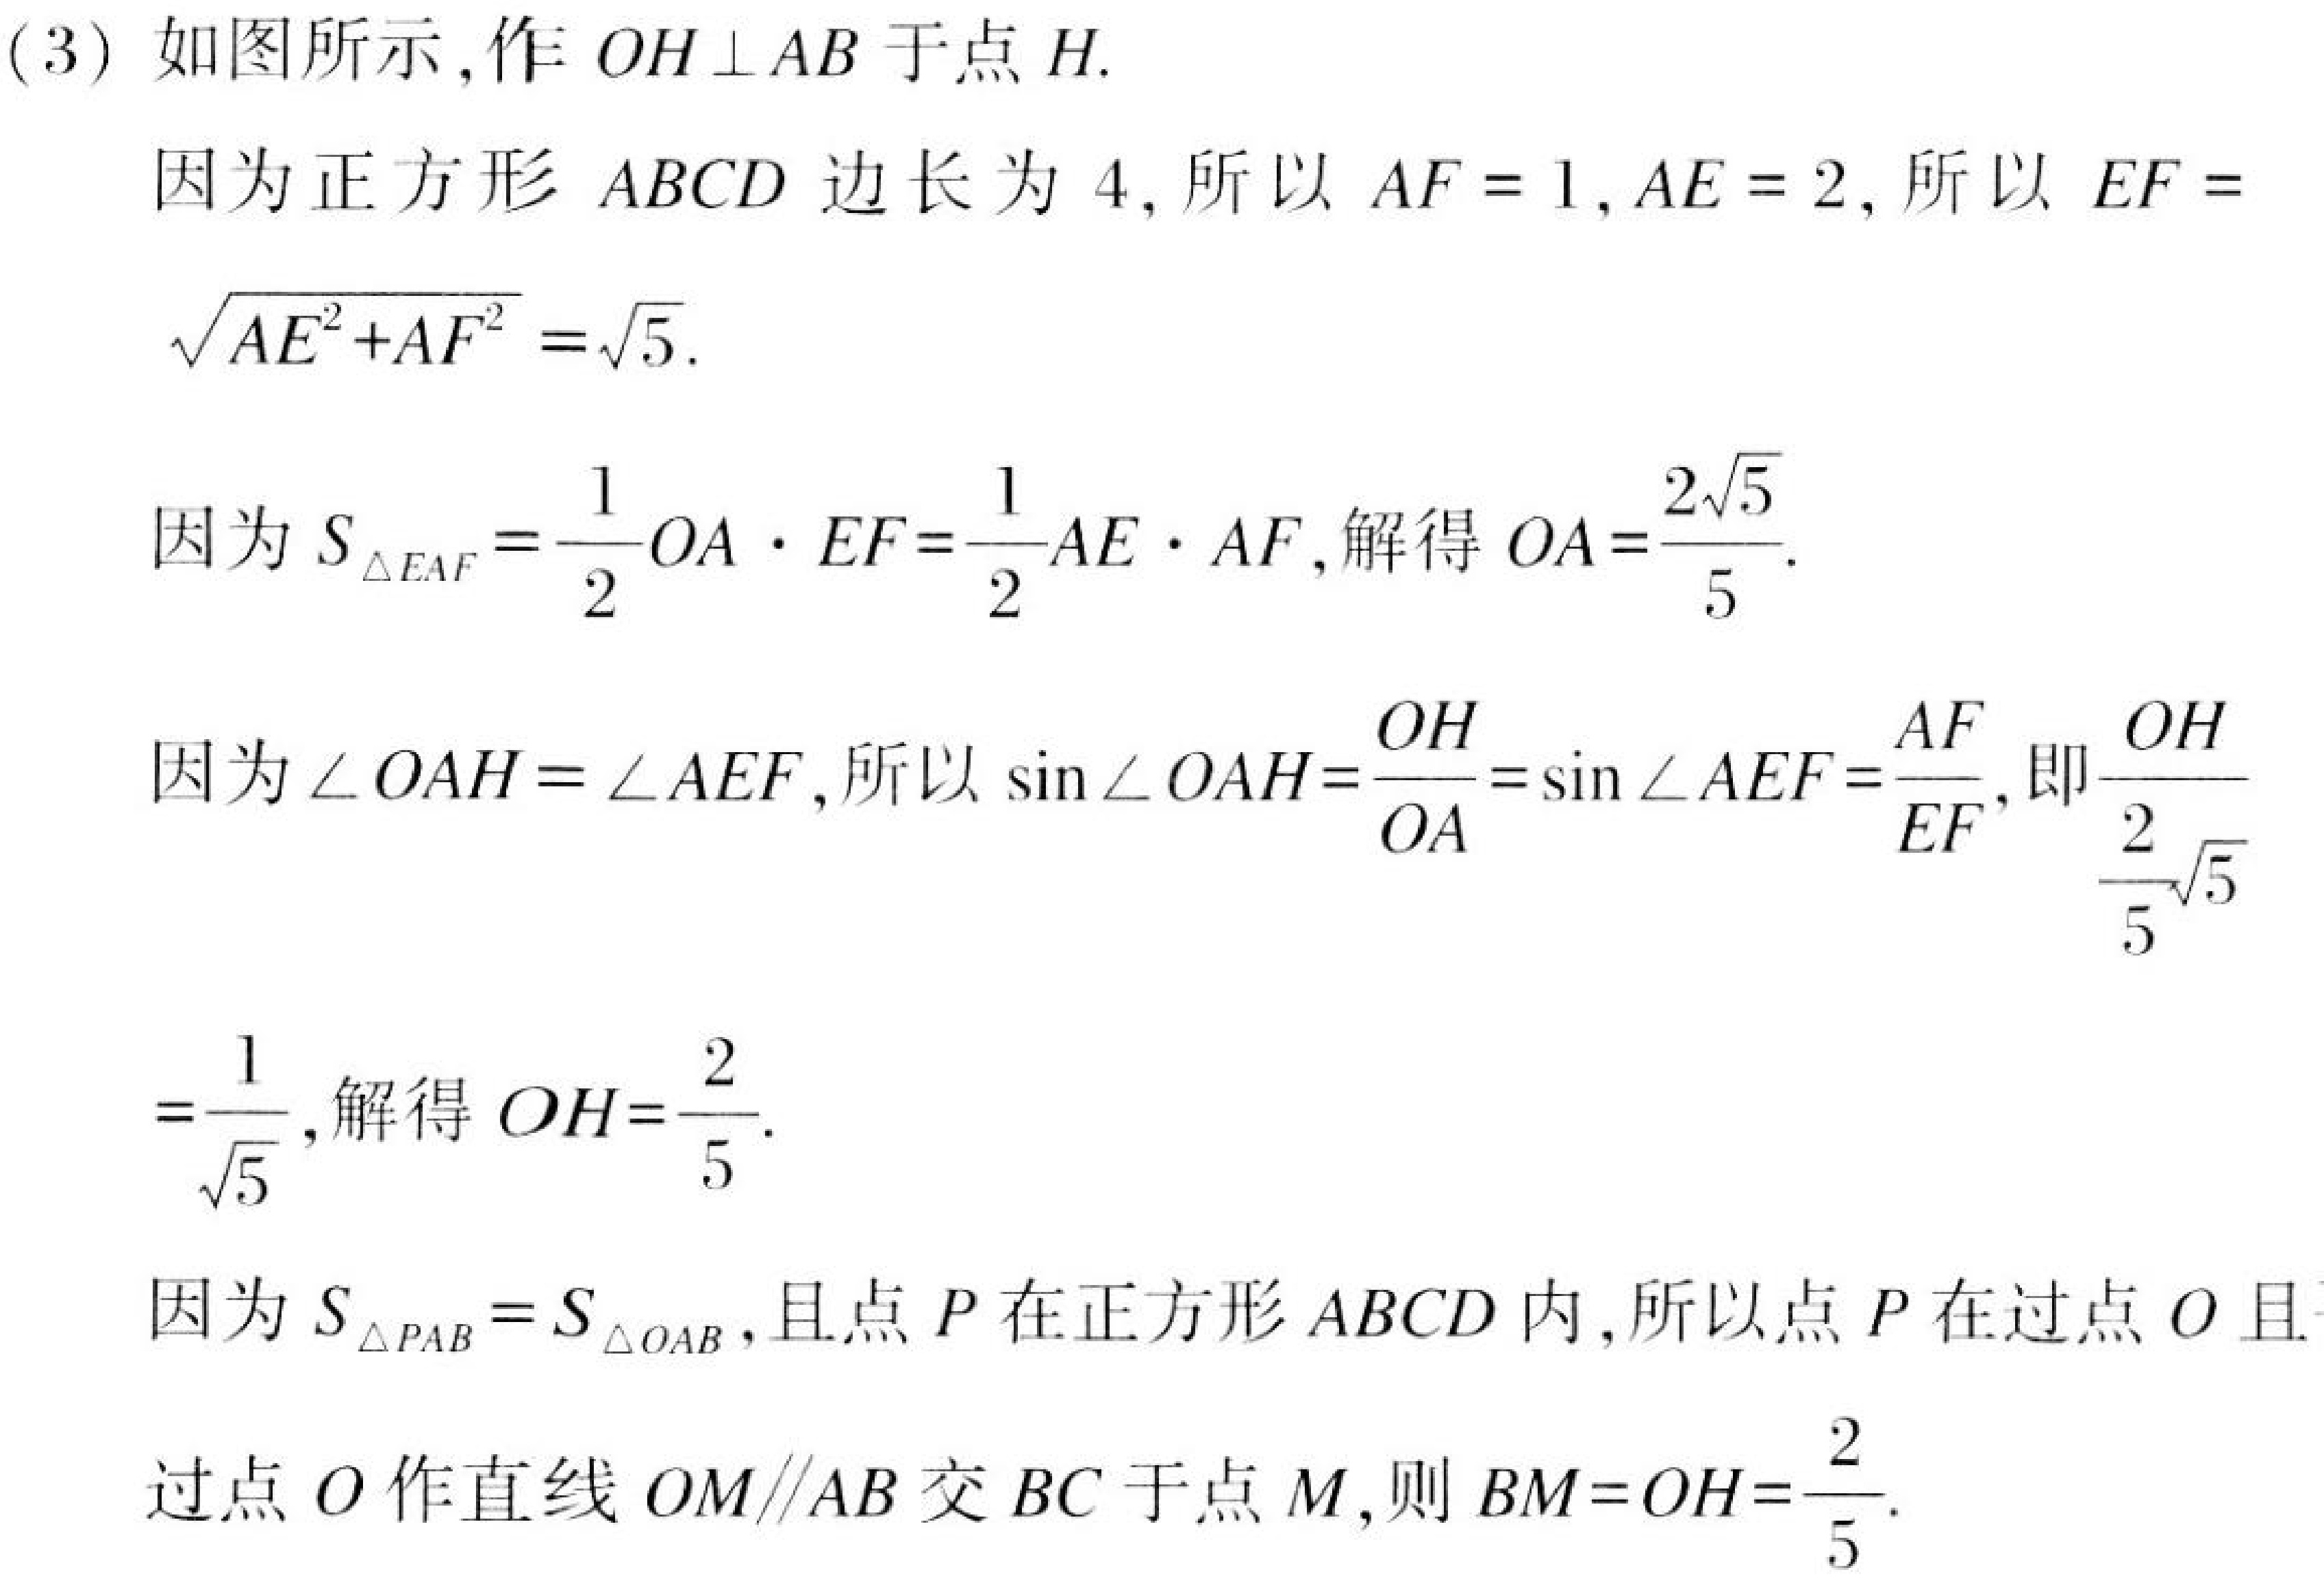
(3) 如图所示,作 \(OH\perp AB\) 于点 \(H\).
因为正方形 \(ABCD\) 边长为 \(4\), 所以 \(AF = 1,AE = 2\), 所以 \(EF = \sqrt{AE^{2}+AF^{2}}=\sqrt{5}\).
因为 \(S_{\triangle EAF}=\dfrac{1}{2}OA\cdot EF=\dfrac{1}{2}AE\cdot AF\), 解得 \(OA = \dfrac{2\sqrt{5}}{5}\).
因为 \(\angle OAH=\angle AEF\), 所以 \(\sin\angle OAH=\dfrac{OH}{OA}=\sin\angle AEF=\dfrac{AF}{EF}\), 即 \(\dfrac{OH}{\dfrac{2}{5}\sqrt{5}}=\dfrac{1}{\sqrt{5}}\), 解得 \(OH=\dfrac{2}{5}\).
因为 \(S_{\triangle PAB}=S_{\triangle OAB}\), 且点 \(P\) 在正方形 \(ABCD\) 内, 所以点 \(P\) 在过点 \(O\) 且
过点 \(O\) 作直线 \(OM\parallel AB\) 交 \(BC\) 于点 \(M\), 则 \(BM = OH=\dfrac{2}{5}\).